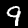
Label: 9